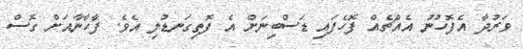
ވަރުދާ އެފޮހުނު އެއްޗެއް ފޮހެފައި ޑަސްބިނަށް އެ ފޮތިގަނޑުލި އެވެ. ފާހާނާއަށް ގޮސް